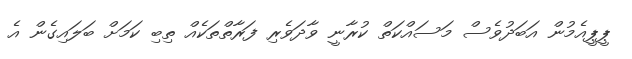
ޕީޕީއެމުން އަބަދުވެސް މަސައްކަތް ކުރާނީ ވާދަވެރި ފަރާތްތަކެއް ތިބި ކަމަށް ބަލައިގެން އެ